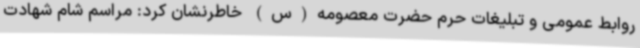
روابط عمومی و تبلیغات حرم حضرت معصومه(س) خاطرنشان کرد: مراسم شام شهادت